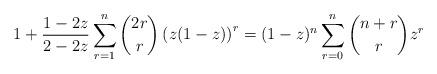
LaTeX: \begin{align*} 1 + \frac{1 - 2 z}{2 - 2 z} \sum_{r = 1}^n \binom{2 r}{r} \left(z (1 - z)\right)^r = (1 - z)^n \sum_{r = 0}^n \binom{n + r}{r} z^r\end{align*}